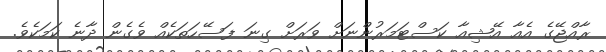
ރާއްޖޭގެ އެއާ އޭޝިއާ ކަސްޓަމަރުންނަށް ވަރަށް ގިނަ ފަސޭހަތަކެއް ވެގެން ދާނެ ކަމަކެވެ.